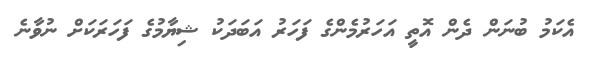
އެކަމު ބުނަން ދެން އޮތީ އަހަރުމެންގެ ފަހަރު އަބަދަކު ޝިޔާމުގެ ފަހަރަކަށް ނުވާނެ